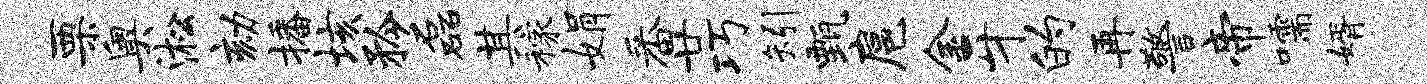
栗奥淞劾播垓矜磊其稼娟番廿巧矧甄扈金牙的再警帝嚅婿